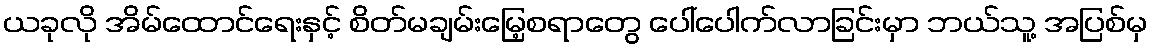
ယခုလို အိမ်ထောင်ရေးနှင့် စိတ်မချမ်းမြေ့စရာတွေ ပေါ်ပေါက်လာခြင်းမှာ ဘယ်သူ့ အပြစ်မှ